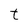
Character: t